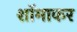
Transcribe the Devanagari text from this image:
शॉमाकर